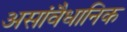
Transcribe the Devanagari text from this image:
असांवैधानिक